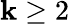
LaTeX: \mathbf{k}\geq2